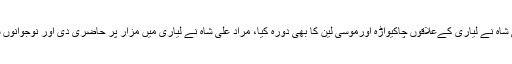
وزیراعلیٰ مراد علی شاہ نے لیاری کےعلاقوں چاکیواڑہ اورموسیٰ لین کا بھی دورہ کیا، مراد علی شاہ نے لیاری میں مزار پر حاضری دی اور نوجوانوں سے گفتگو بھی کی۔